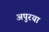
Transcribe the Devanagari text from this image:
अपुरया